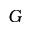
G